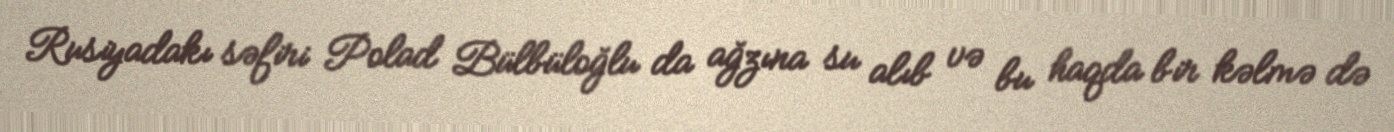
Rusiyadakı səfiri Polad Bülbüloğlu da ağzına su alıb və bu haqda bir kəlmə də